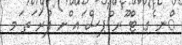
ްނ ެގ ޓް ޫރ ްޕސް ައ ްށ ފުރަ ަތ ަމ